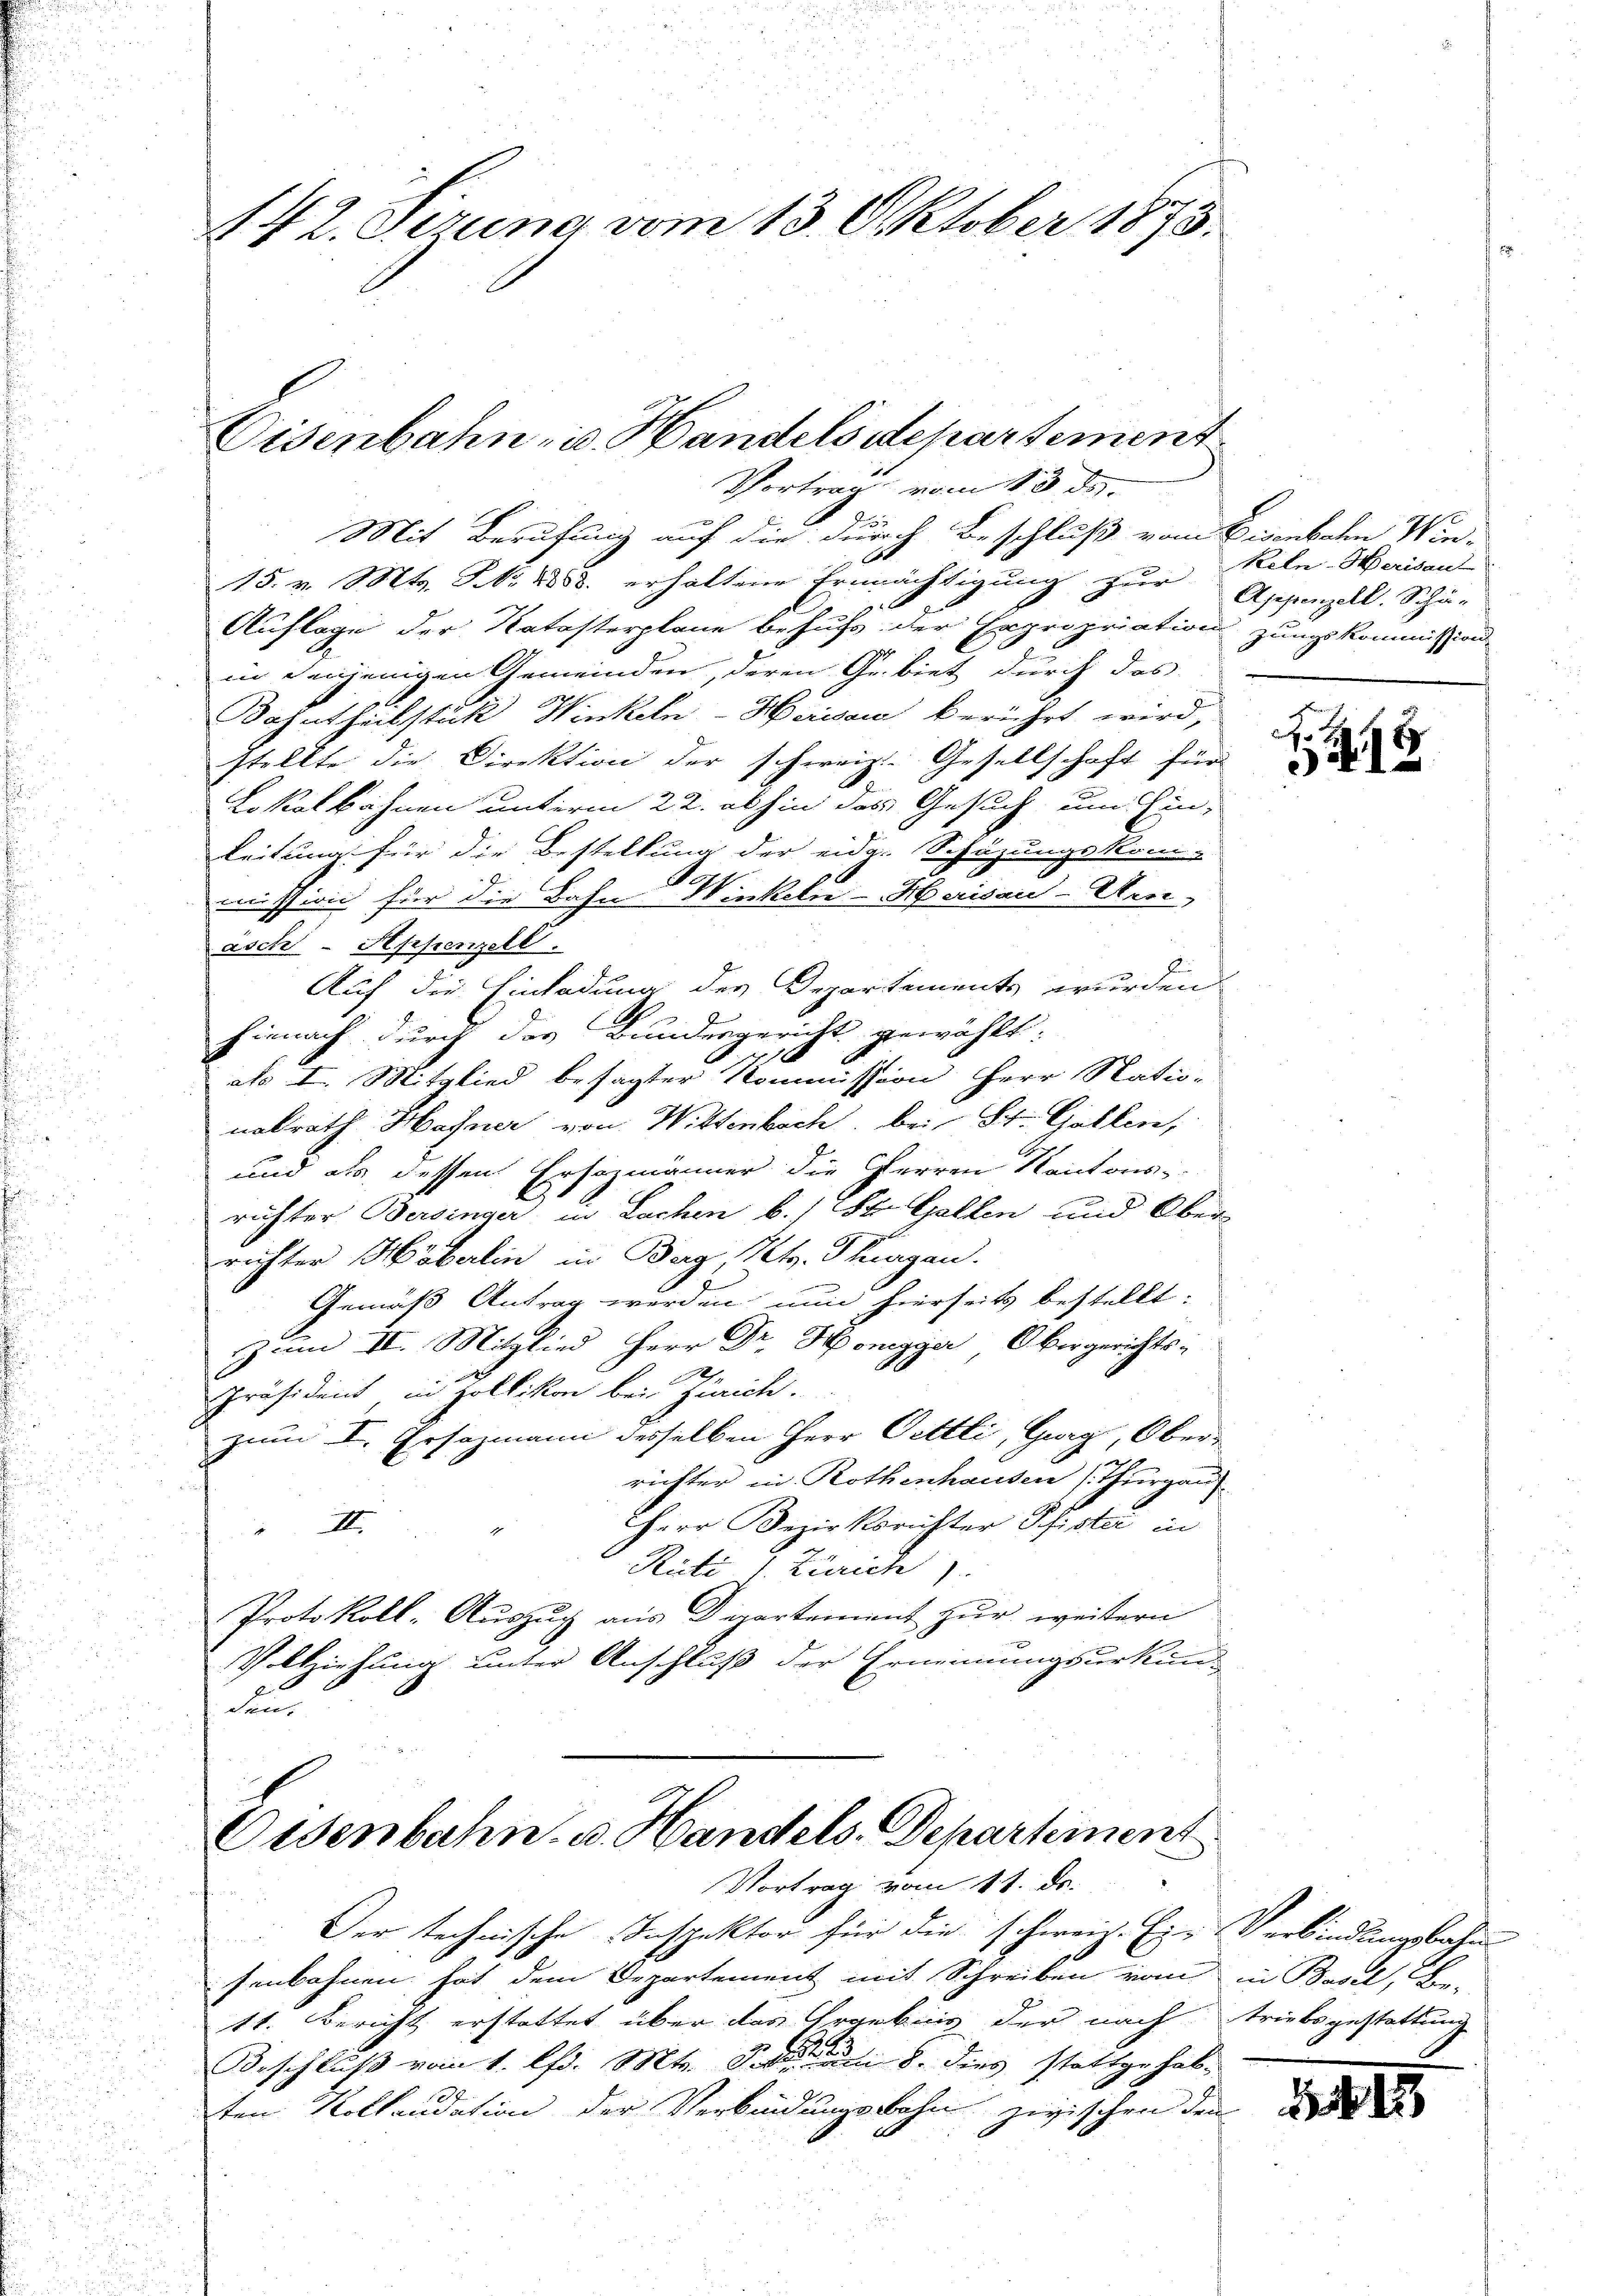
142. Gerung vom 13. Oktober 1873.

Vortrag vom 13. ds.
Mit Berufung auf die durch Beschluß vom Eisenbahn Win-
15. v. Mts. NNo. 1888. erhaltene Ermächtigung zur Appenzell. Schä-
Auflage der Natasterplane behufs der Expropriation zungskommission
1
8
in denjenigen Gemeinden, deren Gebiet durch das
Dahntheilstück Winkeln-Herisau berührt wird,
stellte die Direktion der schweiz. Gesellschaft für
Lokalbahnen unterm 22. abhin das Gesuch um Hin-
Leitung für die Bestellung der eidg. Schüzungskom-
mission für die Bahn Winkeln - Herisau-Arsi-
asch - Heppenzell.
Auf die Einladung des Departements wurden
hienach durch des Bundesgericht gewählt:
als I. Mitglied besagter Kommission Herr Natio-
nalrath Hafner von Wittenbach, bei St. Gallen,
und als dessen Erhozmänner die Herren Kantons
richter Bersinger in Lachen b.) St. Gallen und Ober-
richter Heberlin in Berg, Kts. Thurgau.
Gemäß Antrag werden nun hierseits bestellt:
Zum II. Mitglied Herr Dr. Honegger, Obergerichts:
präsident, in Zollikon bei Zürich.
zum I. Ersazmann desselben Herr Oettli, Gweg, Oberrichter in Rothenhausen (Thurgau
Herr Bezirksrichter Pfister in
II.
Rüti 1 Zürich)
Protokoll-Auszug aus Departement zur weitern
Vollziehung unter Anschluß der Ernennungsurkun-
An

Eisenbahn- u. Handels departement

Eisenbahn. v. Handels-Departement
Vortrag vom 11. de.

Der technische Inspektor für die schweiz. Ein Verbindungsbahn
senbahnen hat dem Departement mit Schreiben vom in Basel, Be-
11. Bericht erstattet über das Ergebnis der nach Triebsgestattung
Beschluß vom 1. lfd. Mts. den 8. dies stattgehab-
ten Kollaudation der Verbindungsbahn zwischen den

Keln-Herisaul

No
E
941.

14 15